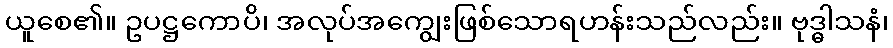
ယူစေ၏။ ဥပဋ္ဌကောပိ၊ အလုပ်အကျွေးဖြစ်သောရဟန်းသည်လည်း။ ဗုဒ္ဓါသနံ၊